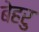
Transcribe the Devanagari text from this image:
बेहरु